Report of the Municipal Commissioner on the plague in Bombay for the year ending 31st May... - Volume 3
Disease focus: Plague
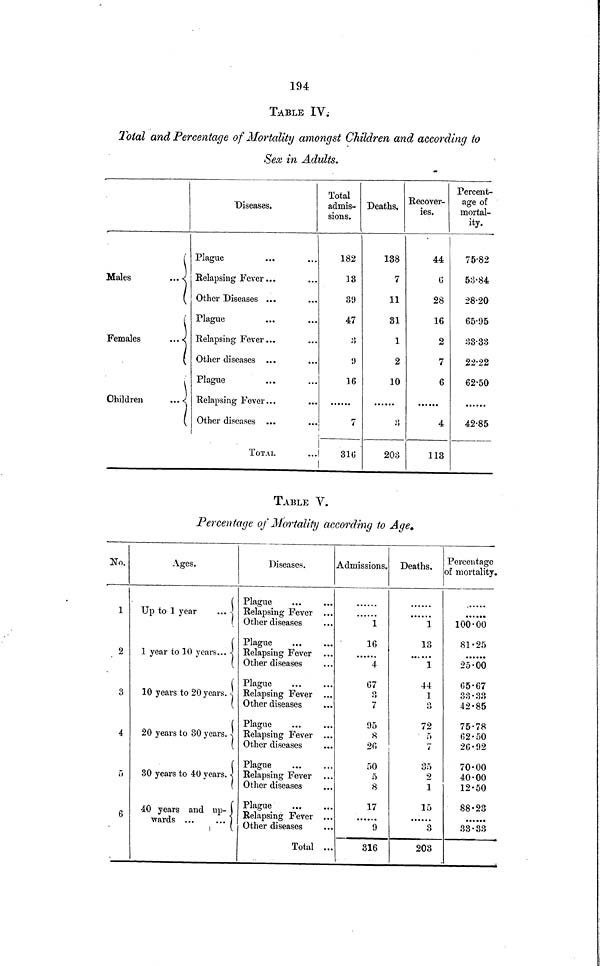
194
TABLE IV.
Total and Percentage of Mortality amongst Children and according to
Sex in Adults.
Males
...
Females
Children
...
Diseases.
Plague
Relapsing Fever ...
Other Diseases ...
Plague
Relapsing Fever...
Other diseases ...
Plague
Relapsing Fever...
Other diseases ...
TOTAL
Total
admis-
sions.
182
13
89
47
3
0
16
7
316
Deaths,
138
7
11
31
1
2
10
3
203
Recover-
ies.
44
0
28
16
2
7
6
4
113
Percent-
age of
mortal-
ity.
75·82
53· 84
28·20
65·95
33·33
22·22
62·50
42·85
TABLE V.
Percentage of Mortality according to Age.
No.
1
2
3
4
5
6
Ages.
Up to 1 year
...
1 year to 10 years...
10 years to 20 years. -
20 years to 30 years
30 years to 40 years.
40 years and up-
wards ...
...
Diseases.
Plague
Relapsing Fever
Other diseases
Plague
Relapsing Fever
Other diseases
Plague
Relapsing Fever ...
Other diseases
Plague
Relapsing Fever ...
Other diseases
Plague
Relapsing Fever
Other diseases
Plague
Relapsing Fever
Other diseases
Total ..
Admissions.
1
16
4
67
3
7
95
8
20
50
5
8
17
9
316
Deaths.
1
13
1
44
1
o
72
5
7
35
2
1
15
8
203
Percentage
of mortality.
100·00
81·25
25·00
65·67
33·33
42·85
75·78
62·50
26·92
70·00
40·00
12·50
88·23
33·33